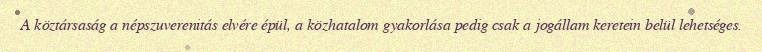
A köztársaság a népszuverenitás elvére épül, a közhatalom gyakorlása pedig csak a jogállam keretein belül lehetséges.